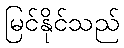
မြင်နိုင်သည်